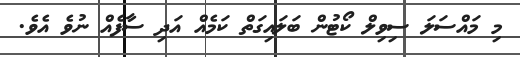
މި މައްސަލަ ސިވިލް ކޯޓުން ބަލައިގަތް ކަމެއް އަދި ސާފެއް ނުވެ އެވެ.